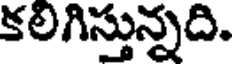
కలిగిస్తున్నది.